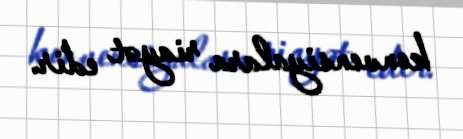
konvensiyalara riayət edir.